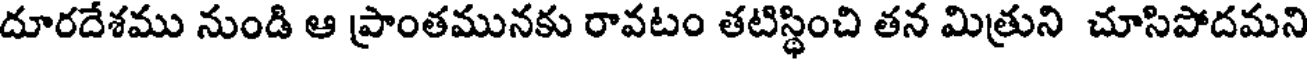
దూరదేశము నుండి ఆ ప్రాంతమునకు రావటం తటిస్థించి తన మిత్రుని చూసిపోదమని